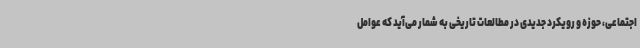
اجتماعی، حوزه و رویکرد جدیدی در مطالعات تاریخی به شمار می‌آید که عوامل